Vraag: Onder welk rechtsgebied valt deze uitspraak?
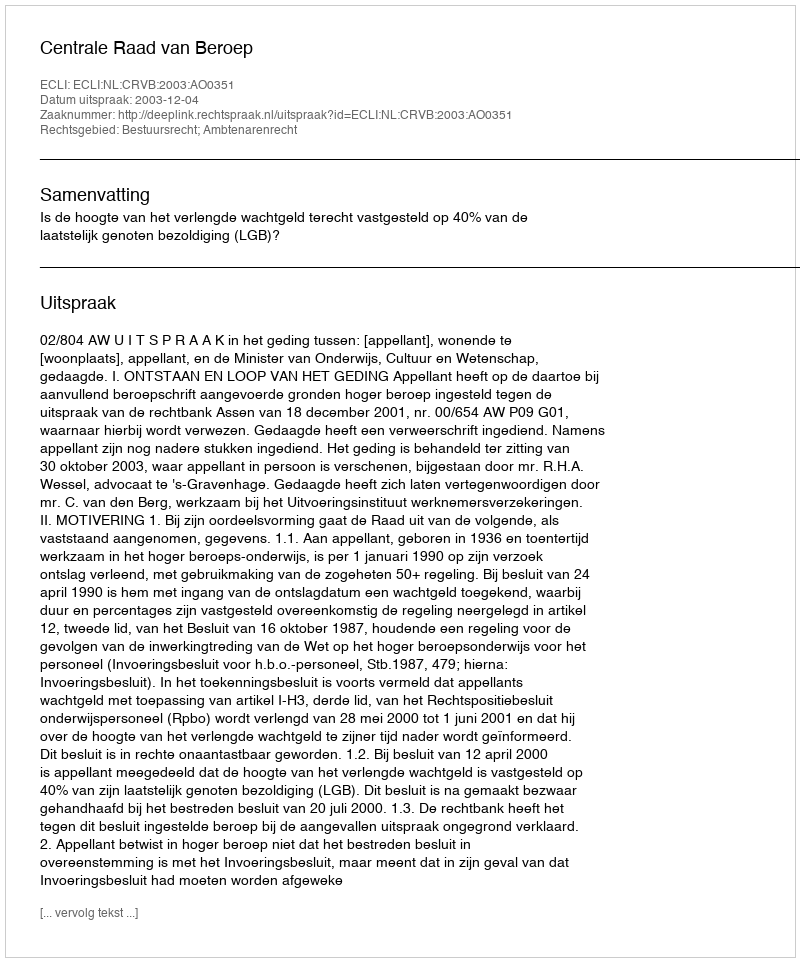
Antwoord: Bestuursrecht; Ambtenarenrecht